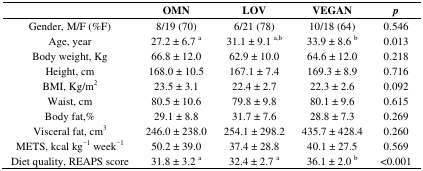
<table><thead><tr><td></td><td><b>OMN</b></td><td><b>LOV</b></td><td><b>VEGAN</b></td><td><b><i>p</i></b></td></tr></thead><tbody><tr><td>Gender, M/F (%F)</td><td>8/19 (70)</td><td>6/21 (78)</td><td>10/18 (64)</td><td>0.546</td></tr><tr><td>Age, year</td><td>27.2 ± 6.7 <sup>a</sup></td><td>31.1 ± 9.1 <sup>a,b</sup></td><td>33.9 ± 8.6 <sup>b</sup></td><td>0.013</td></tr><tr><td>Body weight, Kg</td><td>66.8 ± 12.0</td><td>62.9 ± 10.0</td><td>64.6 ± 12.0</td><td>0.218</td></tr><tr><td>Height, cm</td><td>168.0 ± 10.5</td><td>167.1 ± 7.4</td><td>169.3 ± 8.9</td><td>0.716</td></tr><tr><td>BMI, Kg/m<sup>2</sup></td><td>23.5 ± 3.1</td><td>22.4 ± 2.7</td><td>22.3 ± 2.6</td><td>0.092</td></tr><tr><td>Waist, cm</td><td>80.5 ± 10.6</td><td>79.8 ± 9.8</td><td>80.1 ± 9.6</td><td>0.615</td></tr><tr><td>Body fat,%</td><td>29.1 ± 8.8</td><td>31.7 ± 7.6</td><td>28.8 ± 7.3</td><td>0.269</td></tr><tr><td>Visceral fat, cm<sup>3</sup></td><td>246.0 ± 238.0</td><td>254.1 ± 298.2</td><td>435.7 ± 428.4</td><td>0.260</td></tr><tr><td>METS, kcal kg<sup>−1</sup> week<sup>−1</sup></td><td>50.2 ± 39.0</td><td>37.4 ± 28.8</td><td>40.1 ± 27.5</td><td>0.569</td></tr><tr><td>Diet quality, REAPS score</td><td>31.8 ± 3.2 <sup>a</sup></td><td>32.4 ± 2.7 <sup>a</sup></td><td>36.1 ± 2.0 <sup>b</sup></td><td>&lt;0.001</td></tr></tbody></table>